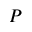
P